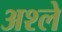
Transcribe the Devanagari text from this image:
अश्ले